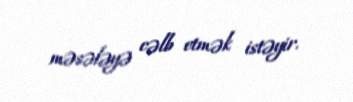
məsələyə cəlb etmək istəyir.